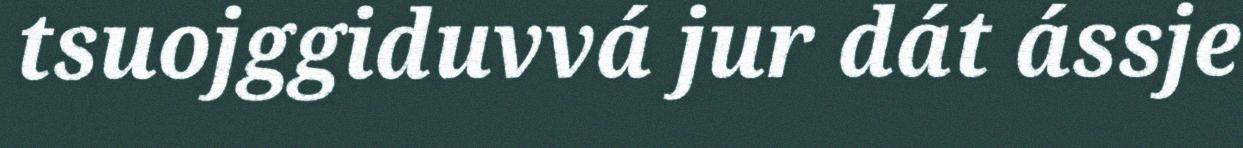
tsuojggiduvvá jur dát ássje